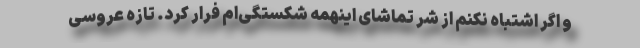
و اگر اشتباه نکنم از شرّ تماشای اینهمه شکستگی‌ام فرار کرد. تازه عروسی